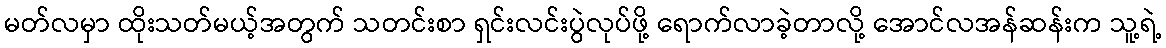
မတ်လမှာ ထိုးသတ်မယ့်အတွက် သတင်းစာ ရှင်းလင်းပွဲလုပ်ဖို့ ရောက်လာခဲ့တာလို့ အောင်လအန်ဆန်းက သူ့ရဲ့